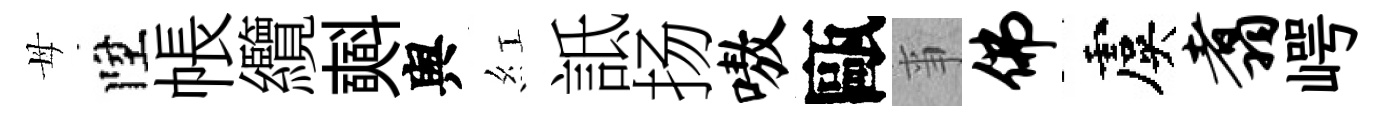
母陞帳纜𣂏舆紅詆扬嗷甌亊佛虞翥崿